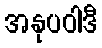
အနုပဝါဒီ